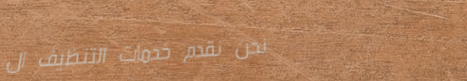
نحن نقدم خدمات التنظيف ال